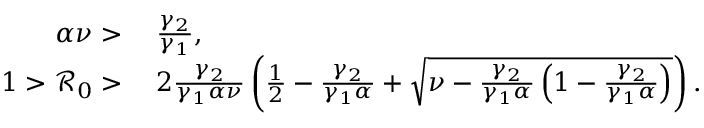
\begin{array} { r l } { \alpha \nu > } & { { } \; \frac { \gamma _ { 2 } } { \gamma _ { 1 } } , } \\ { 1 > \mathcal { R } _ { 0 } > } & { { } \; 2 \frac { \gamma _ { 2 } } { \gamma _ { 1 } \alpha \nu } \left( \frac { 1 } { 2 } - \frac { \gamma _ { 2 } } { \gamma _ { 1 } \alpha } + \sqrt { \nu - \frac { \gamma _ { 2 } } { \gamma _ { 1 } \alpha } \left( 1 - \frac { \gamma _ { 2 } } { \gamma _ { 1 } \alpha } \right) } \right) . } \end{array}